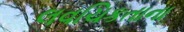
લવચિકતાના